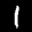
Label: 1